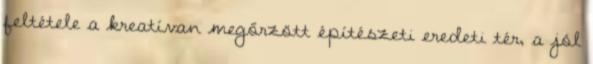
feltétele a kreatívan megőrzött építészeti eredeti tér, a jól